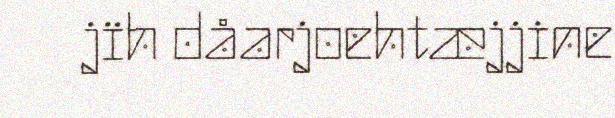
jïh dåarjoehtæjjine